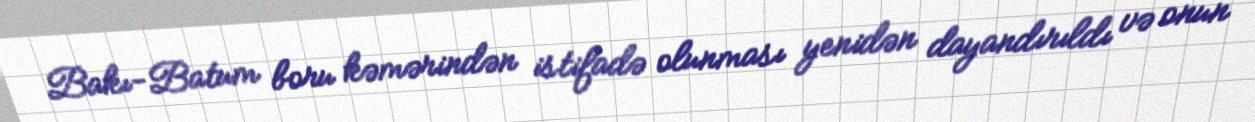
Bakı-Batum boru kəmərindən istifadə olunması yenidən dayandırıldı və onun